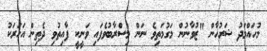
މުހައްމަދު ޝަރުހާން "ޒުވާނުން މަގުމަތިވެ ނަން މިސްރާބުވެފައި ވަނީކީ ފާއިތުވި ދެތިން އަހަރަކު